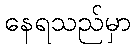
နေရသည်မှာ